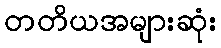
တတိယအများဆုံး